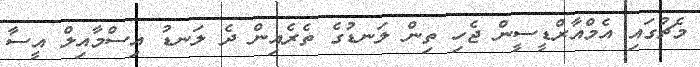
މެޗުގައި އެމްއާރްޑީސީން ޖެހި ތިން ލަނޑުގެ ތެރެއިން ދެ ލަނޑު އިސްމާއިލް އީސާ